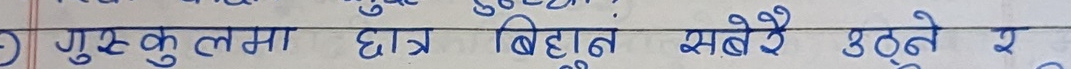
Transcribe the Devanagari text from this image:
गुरुकुलमा छात्र बिहानै सबेरै उठ्ने र